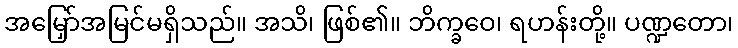
အမြှော်အမြင်မရှိသည်။ အသိ၊ ဖြစ်၏။ ဘိက္ခဝေ၊ ရဟန်းတို့။ ပဏ္ဍတော၊